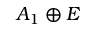
A _ { 1 } \oplus E